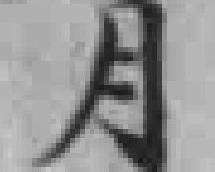
月